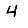
Digit: 4